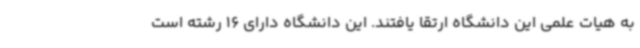
به هیات علمی این دانشگاه ارتقا یافتند. این دانشگاه دارای 16 رشته است